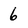
Character: 6